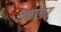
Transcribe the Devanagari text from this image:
सेनालय